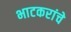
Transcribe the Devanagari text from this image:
भाटकरांचे